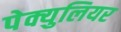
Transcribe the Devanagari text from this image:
पेक्युलियर